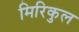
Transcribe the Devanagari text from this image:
मिरिकुल